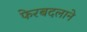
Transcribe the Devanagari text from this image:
फेरबदलाने